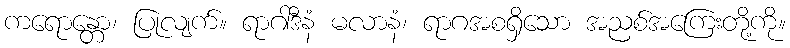
ကရောန္တော၊ ပြုလျက်။ ရာဂါဒီနံ မလာနံ၊ ရာဂအစရှိသော အညစ်အကြေးတို့ကို။